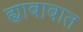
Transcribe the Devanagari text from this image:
ह्याबाबात